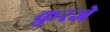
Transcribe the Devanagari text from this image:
कुरजे